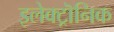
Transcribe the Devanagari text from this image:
इलेक्ट्रॊनिक